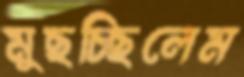
মুছচ্ছিলেম